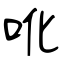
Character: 吪